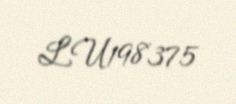
LU198375